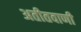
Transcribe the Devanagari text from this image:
अतीतवाणी